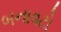
બનાવટો